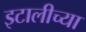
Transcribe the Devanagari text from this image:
इटालीच्या